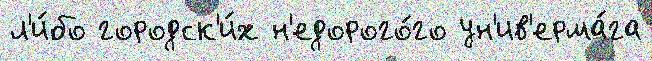
л'и́бо городск'и́х н'едорого́го ун'ив'ерма́га